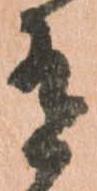
有